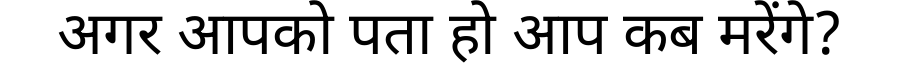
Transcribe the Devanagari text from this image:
अगर आपको पता हो आप कब मरेंगे?